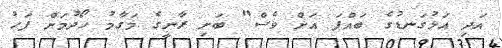
އަދި އަޅުގަނޑުގެ ބައްޕަ އަށް ވެސް" ބަށި ރާނީގެ މަގާމު ހޯދުމަށް ފަހު